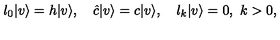
l _ { 0 } | v \rangle = h | v \rangle , \quad \hat { c } | v \rangle = c | v \rangle , \quad l _ { k } | v \rangle = 0 , \ k > 0 ,